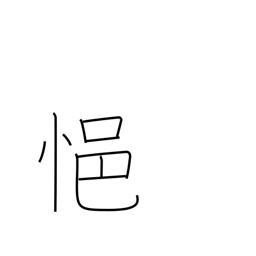
Meaning: be depressed